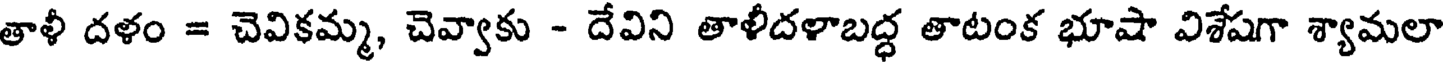
తాళీ దళం = చెవికమ్మ, చెవ్వాకు - దేవిని తాళీదళాబద్ధ తాటంక భూషా విశేషగా శ్యామలా